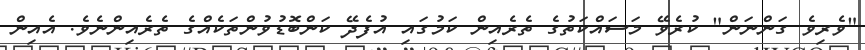
"ވެރިވެ ގަންނަން" ކުރެވޭ މަސައްކަތުގެ ތެރެއިން ކަމުގައި އުފެދޭ ކަންބޮޑުވުންތަކެއްގެ ތެރެއިންނެވެ. އެއިން